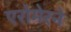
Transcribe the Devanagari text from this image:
एरोमेरने